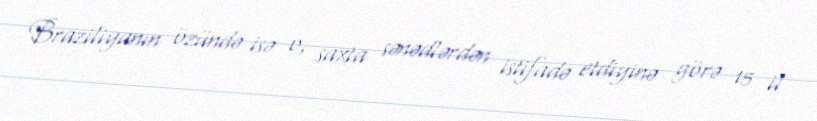
Braziliyanın özündə isə o, saxta sənədlərdən istifadə etdiyinə görə 15 il